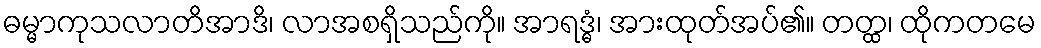
ဓမ္မာကုသလာတိအာဒိ၊ လာအစရှိသည်ကို။ အာရဒ္ဓံ၊ အားထုတ်အပ်၏။ တတ္ထ၊ ထိုကတမေ